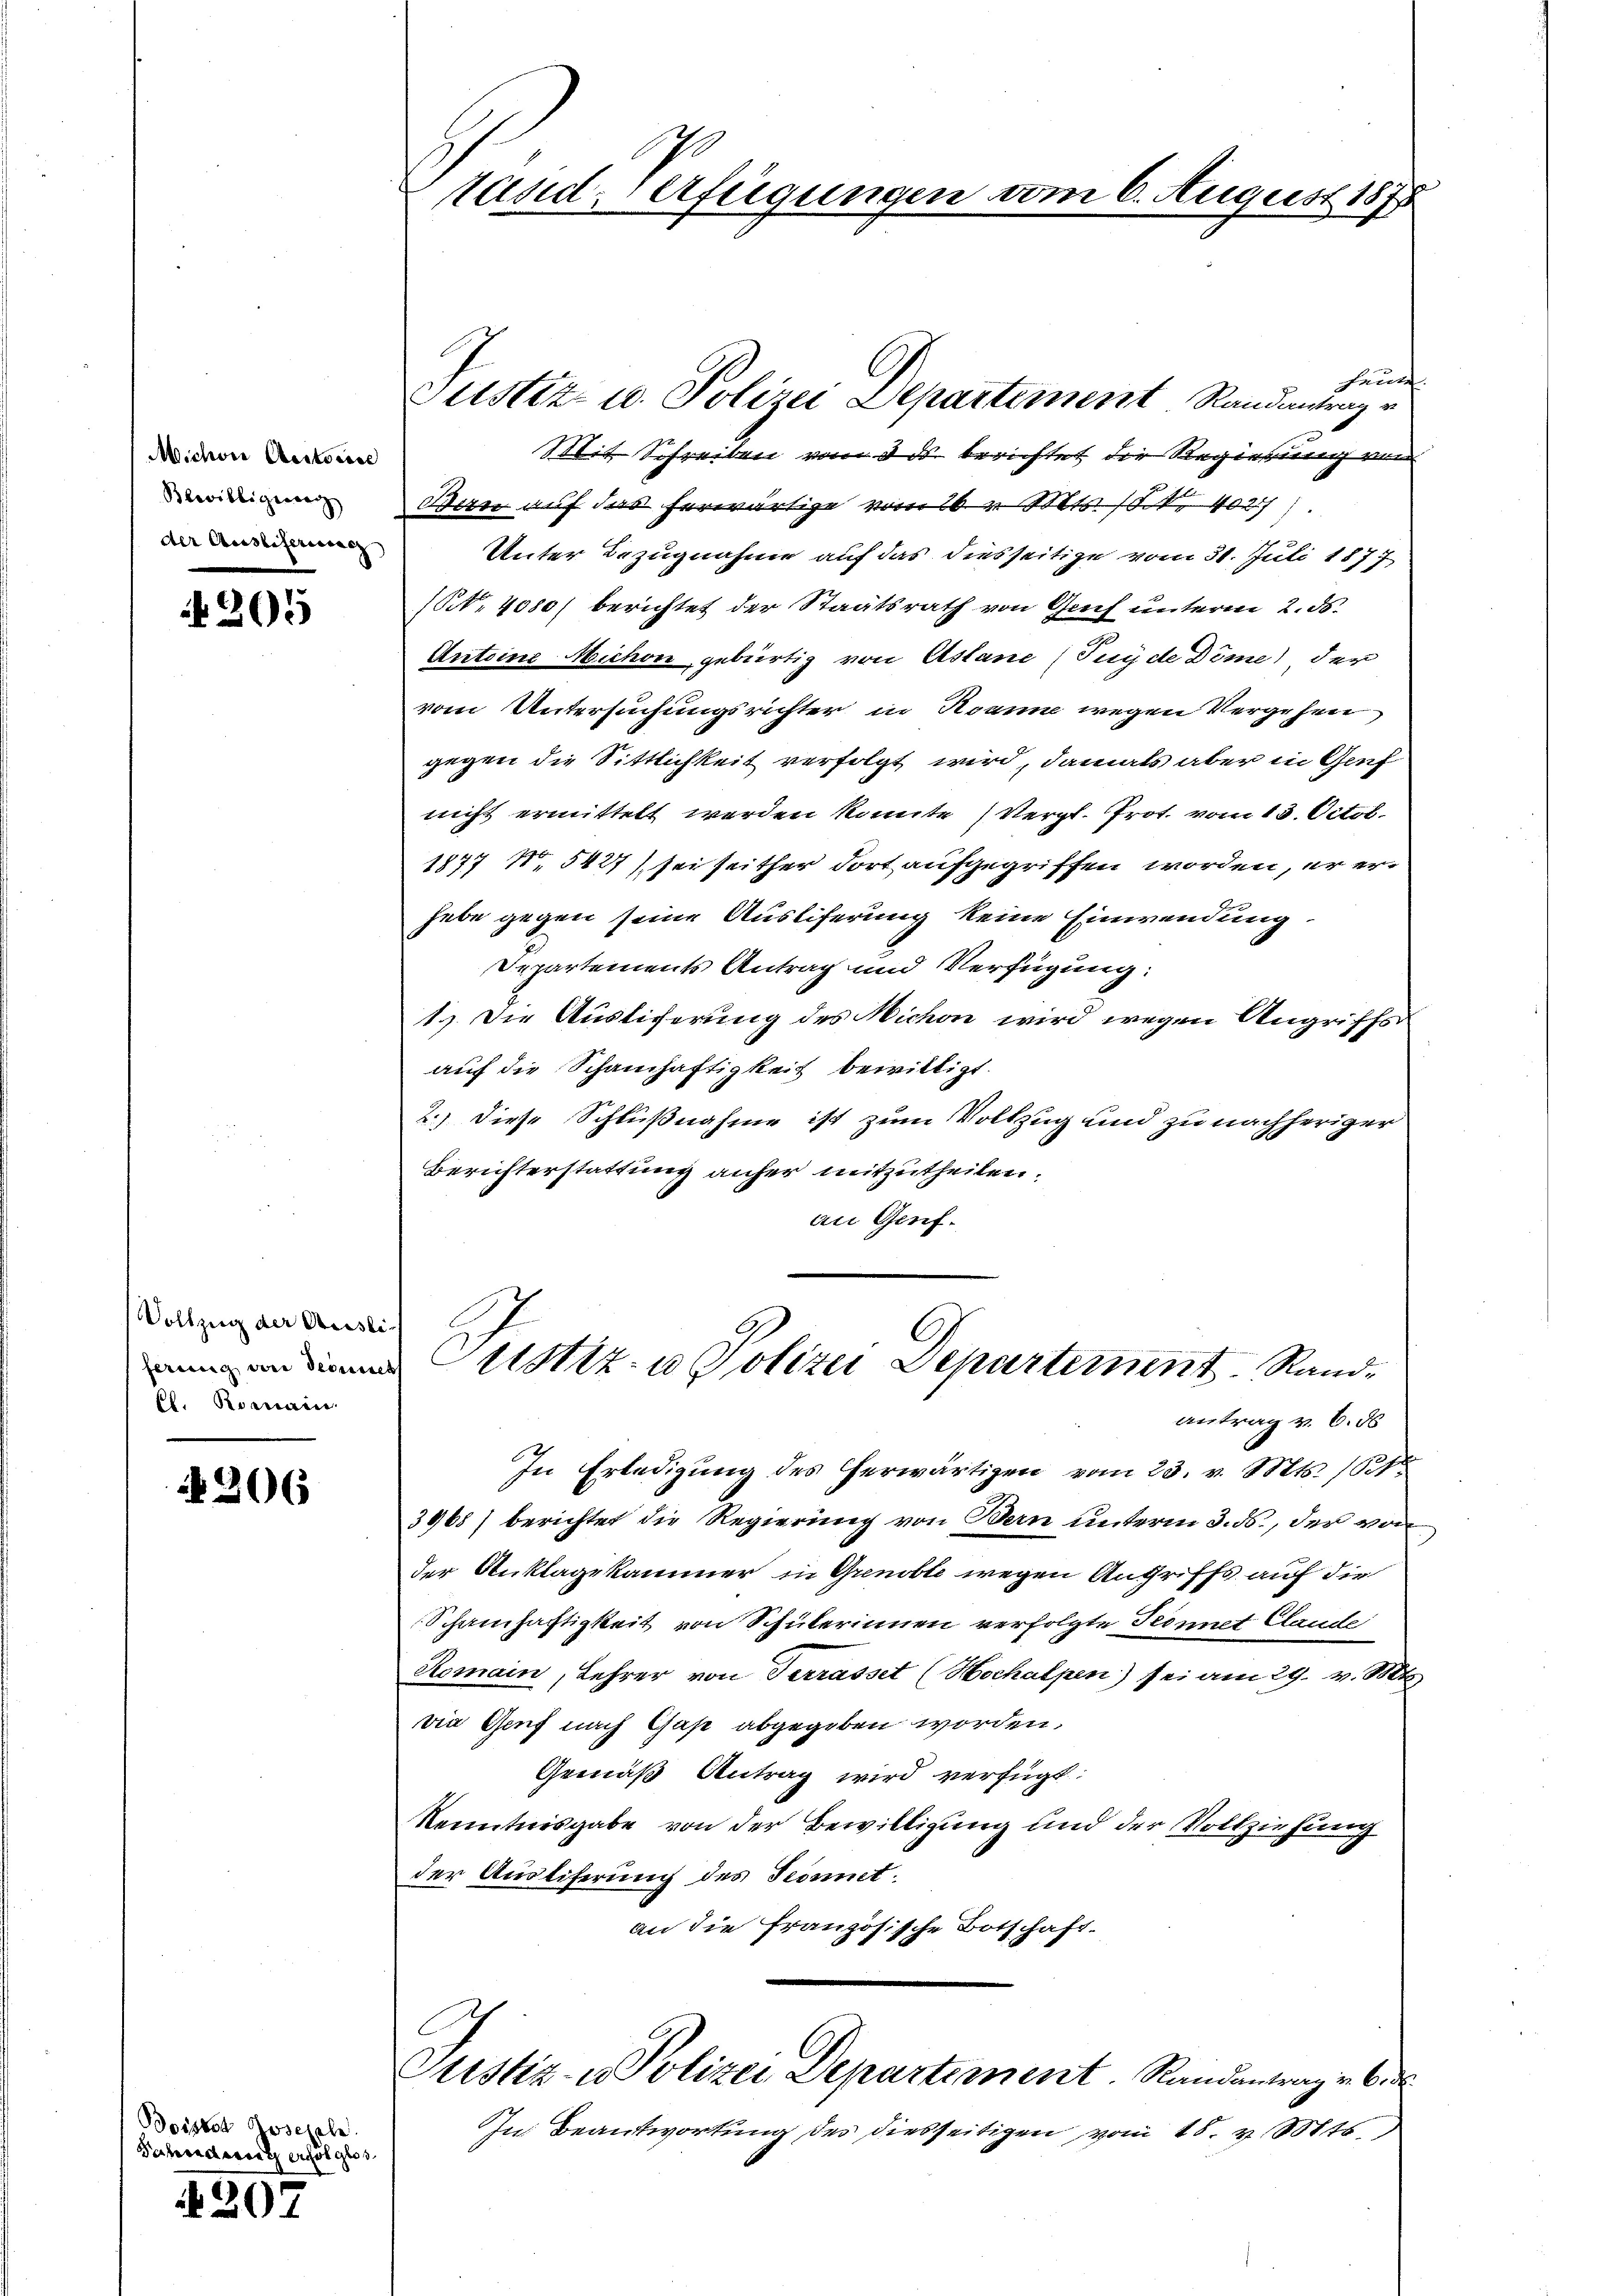
Michon Autorise
Bewilligierenz
der Ausliferienac

205

Vollzug der Ausli
ferung an Secunde
E. Romanie

206

Boister Josefele
Sahridicat erfolglos.

207

tand Verfügungen

Justiz- u. Polizei Departement Randantrag v

f
Mit. Schreiben vom 3. ds. berichtet die Regierung von
Ban auf das herwärtige vom 26. v. Mts. 154. 40217
Unter Bezugnahme auf das diesseitige vom 31. Juli 1877
(Nr. 4080/ berichtet der Staatsrath von Genf unterm 2. ds.
Antoine Michore gebürtig von Aslane (Tuyde Dome) der
vom Untersuchungsrichter in Roanne wegen Vergehen
gegen die Sittlichkeit verfolgt wird, damals aber in Genf
nicht ermittelt werden könnte (Vergl. Prot. vom 13. Octob.
1877 No 5427) sei seither dort aufgegriffen worden, er erhabe gegen seine Ausliferung keine Einwendung.
Departements Antrag und Verfügung:
1). Die Austiferung des Nichon wird wegen Angriffs-
auf die Schamhaftigkeit bewilligt.
2.) Diese Schlußnahme ist zum Volkzug und zu nachheriger
Berichterstattung anher mitzutheilen.
an Genf.
Justiz- u Polizei Departement. Randantrag v. 6. d
In Erledigung des herwärtigen vom 23. v. Mts. 161
3968) berichtet die Regierung von Bern unterm 3. ds., der von
der Anklagekammer in Grenoble wegen Angriffs auf die
Schamhaftigkeit von Schülerinnen verfolgte Ternet Claude
Romain, Lehrer von Terrasset (Hochalpen) sei am 29. v. Mts
vie Genf nach Gaße abgegeben worden,
Gemäß Antrag wird verfügt:
Kenntnisgabe von der Bewilligung und der Vollziehung
der Austiferung des Sonnet.
an die französische Botschaft.
Justiz- u Polizei Departement. Randantrag v. 6. d.
In Beantwortung des diesseitigen vom 18. v. Mts.

6. August 1878